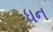
ધન